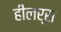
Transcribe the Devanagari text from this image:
हीलर्स